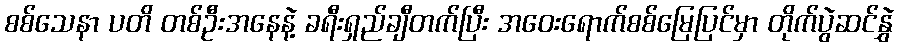
စစ်သေနာ ပတိ တစ်ဦးအနေနဲ့ ခရီးရှည်ချီတက်ပြီး အဝေးရောက်စစ်မြေပြင်မှာ တိုက်ပွဲဆင်နွှဲ